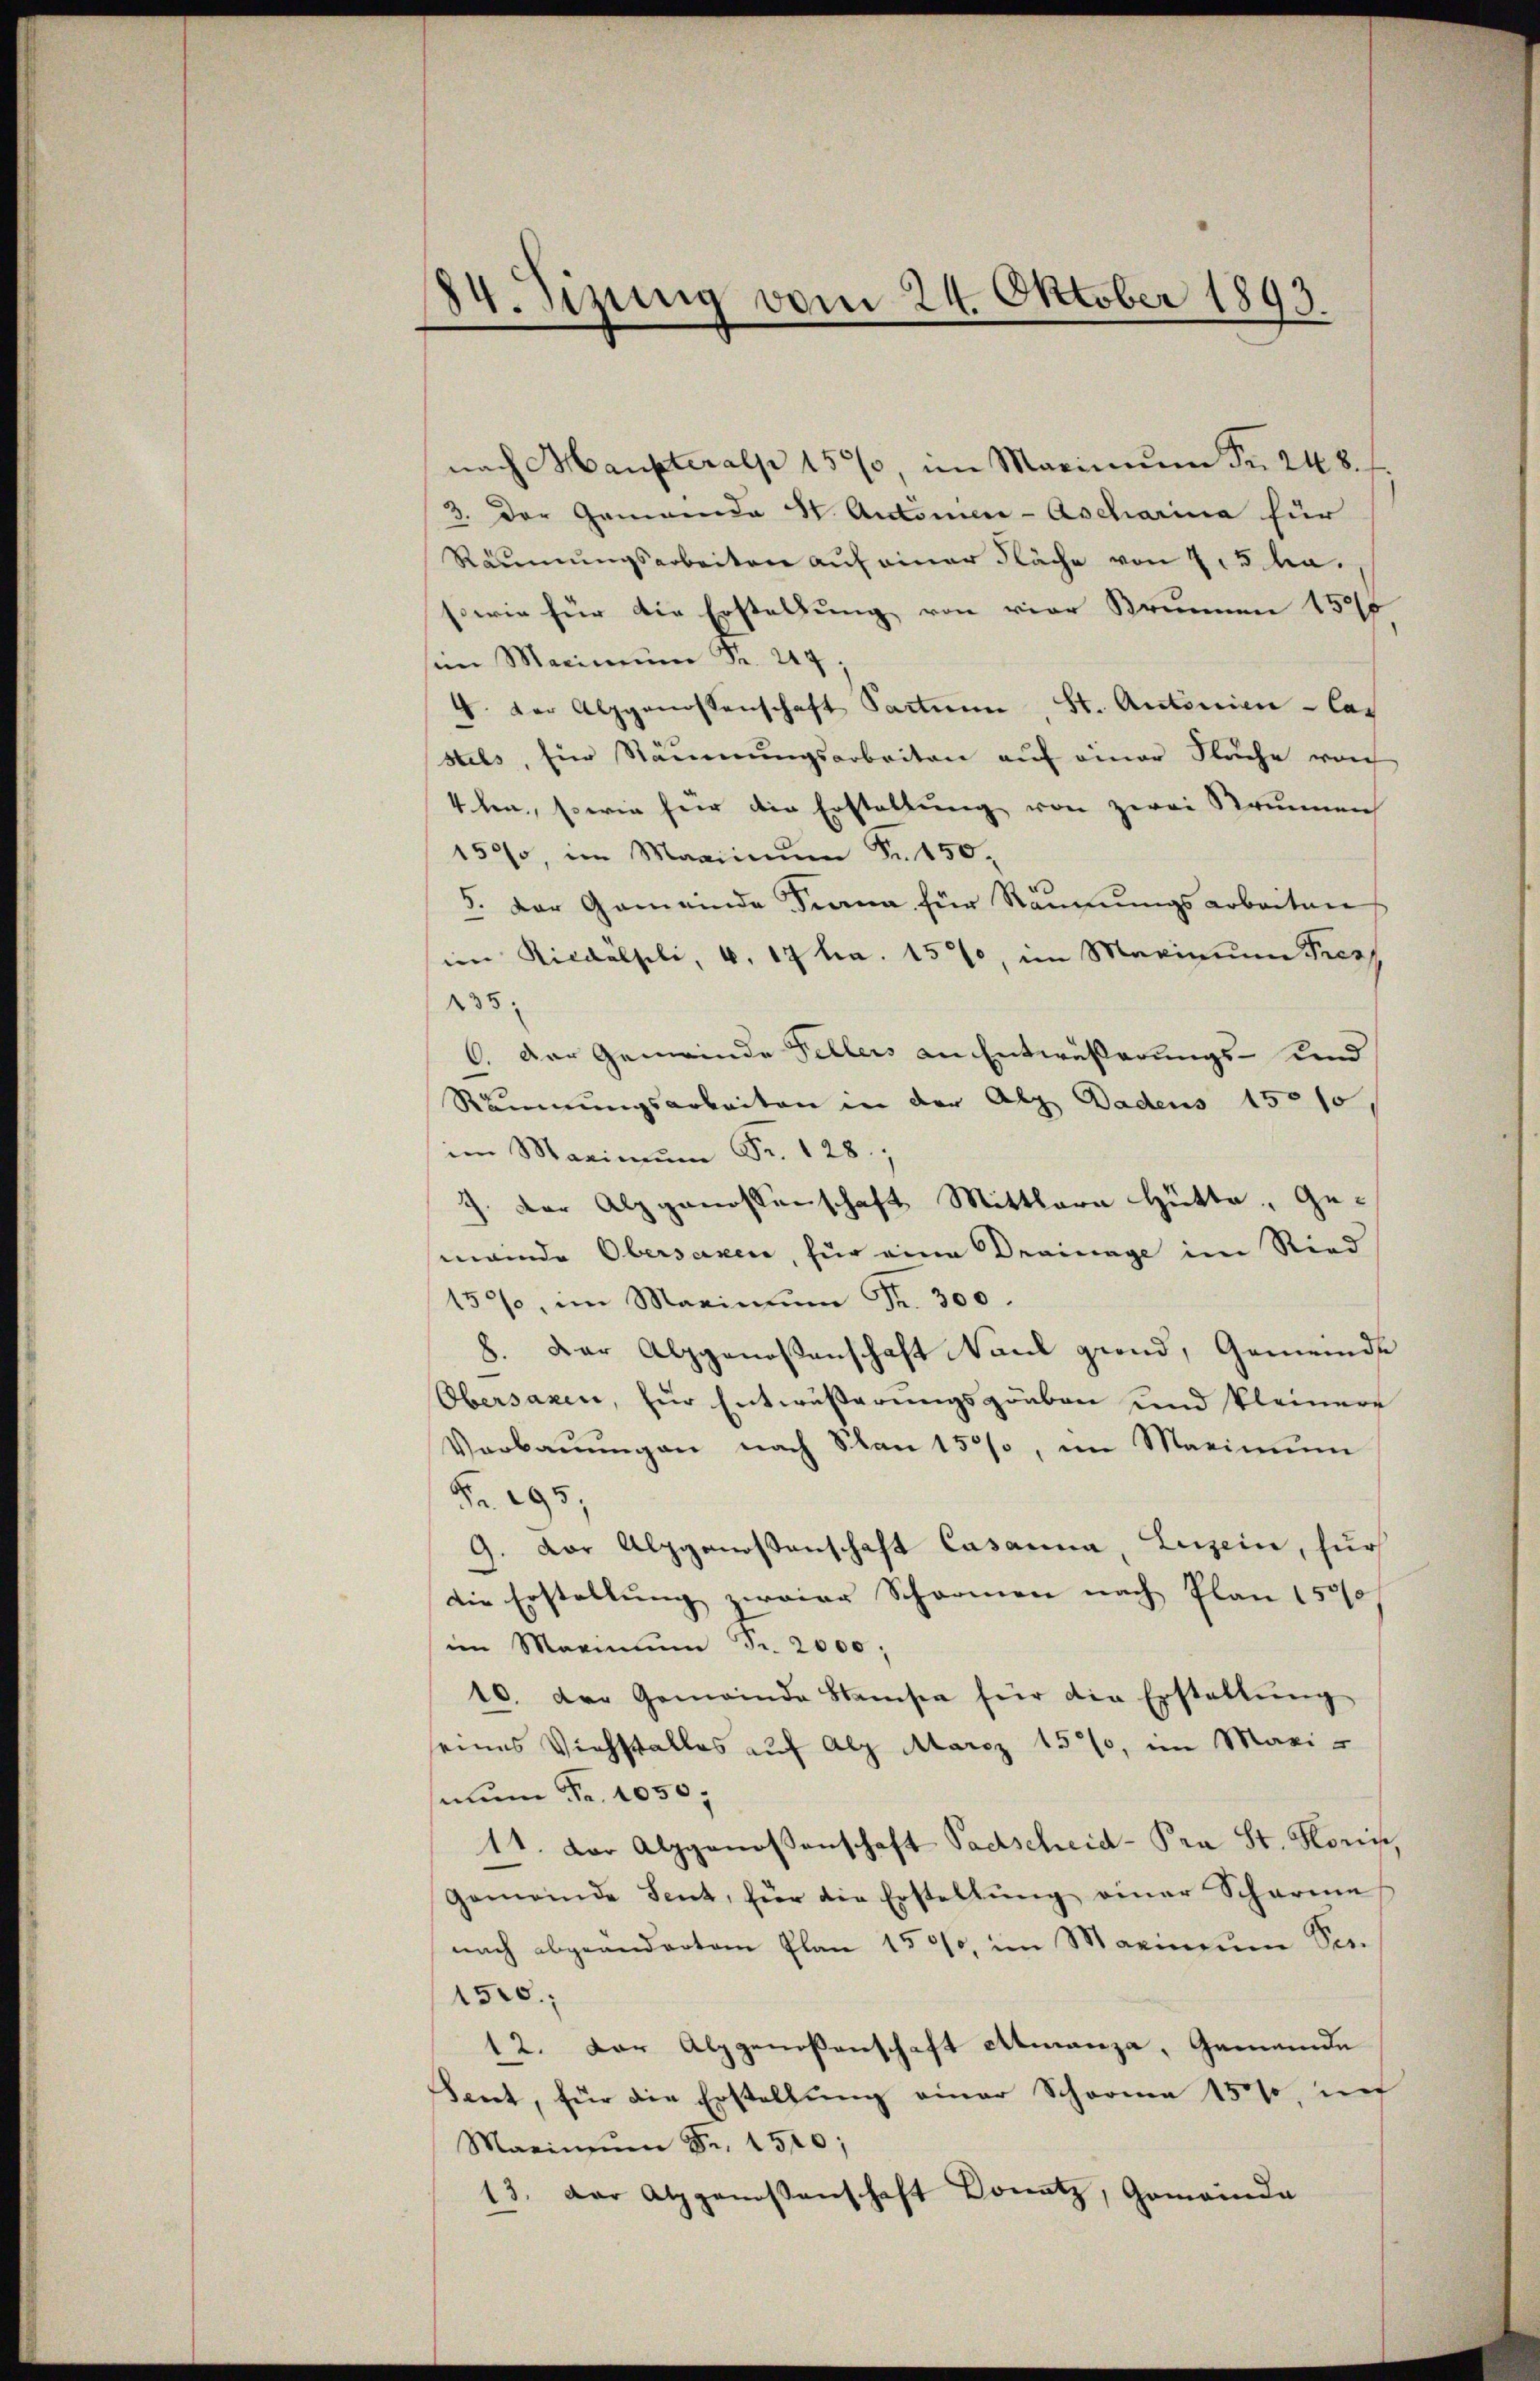
84. Sizung vom 24. Oktober 1893.

nach Haupteralp 157, im Maximŭm Fr. 248.
3. Der Gemeinde W. Antonier-Ascharina für
Räumungsarbeiten auf einer Fläche von 25 Ma¬
sowie für die Erstellung von vier Brunnen 1500
sen Maximŭm Fr. 24.
4. Der Alpgenossenschaft Saction, St. Antonien - las
stets, Ein Räumungsarbeiten auf einer Fläche von
4ten, sowie für die Erstellung von zwei Brunnen
150, im Maximŭm Fr. 150.
5. Der Gemeinde Sirna für Räumungsarbeiten
in Rickälseli, 6. 17 ha. 15%, im Marinum Pres
135
C. Der Gemeinde Fellers an Entwässerungs-Kind
Räumungsarbeiten in der Alp Dadens 15010
  Fr. 28.
J. der Alpgenossenschaft Mittlere Hütte, Gemeinde Obersagen, für eine Drainage im Ried
150%, im Marina Fr. 300.
8. Der Alpgenossenschaft Naul giend, Gemeinde
Obersaxen, für Entwußerungsgraben und kleinere
Verbaŭŭngen nach San 150%, im Marin
Fr. 295,
9. Der Alpgenossenschaft Casanna, Luzern, für
die Erstellung zweier Schromen nach Plan 1500
im Marinum Fr. 2000;
10. der Gemeinde Stamsen für die Erstattŭng
seines Viehstalles auf alz Marcz 15570, im Maxi-
satum Fr. 1050,
11. Der Alpgenossenschaft Padscheid- Pra St. Korin,
Gemeinde Sent, für die Erstellŭng einer Scharme
nach abgeänderten Plan 1500, im Marinium See¬
1510;
12. Der Alpgenoßenschaft etianza, Gemeinde
Tent, für die Erstellung einer Schorne 15000, un
Marinum Fr. 1510;
13. Der Alpgenossenschaft Donatz, Gemeinda